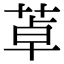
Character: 䓬